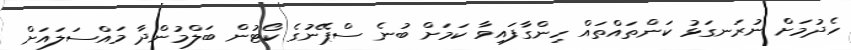
ހެދުމަށް ނުރަނގަޅު ކަންތައްތައް ހިންގާފައިވާ ކަމަށް ބުނެ ސްޕޭނުގެ ކޯޓުން ބަލްމުންދާ މައްސަލައަށް